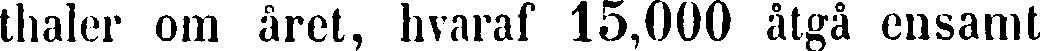
thaler om året, hvaraf 15,000 åtgå ensamt